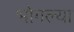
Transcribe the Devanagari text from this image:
भोगल्या